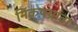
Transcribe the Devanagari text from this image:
निकषग्रावा